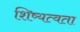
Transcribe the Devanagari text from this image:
शिष्यत्वता